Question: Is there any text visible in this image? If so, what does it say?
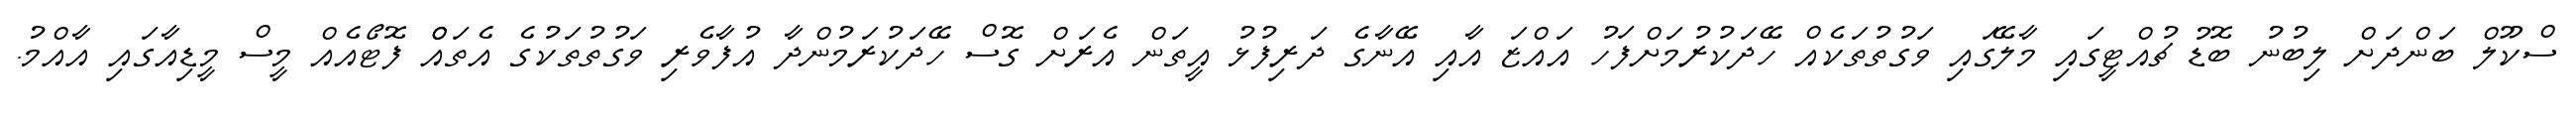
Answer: ސްކޫލް ބަންދަށް ލިބުނު ބޮޑު ޗުއްޓީގައި މާލޭގައި ވަގުތުތަކެއް ހޭދަކުރުމަށްފަހު އައްޒަ އާއި އޭނާގެ ދަރިފުޅު އީތަން އެރަށް ގޮސް ހޭދަކުރަމުންދާ އުފާވެރި ވަގުތުތަކުގެ އެތައްް ފޮޓޯއެއް މީސް މީޑިއާގައި އާއްމު.